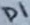
Text: D1